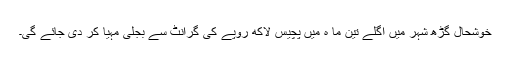
خوشحال گڑھ شہر میں اگلے تین ما ہ میں پچیس لاکھ روپے کی گرانٹ سے بجلی مہیا کر دی جائے گی۔